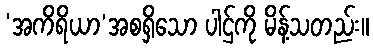
‘အကိရိယာ’အစရှိသော ပါဌ်ကို မိန့်သတည်း။